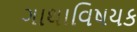
ગાથાવિષયક